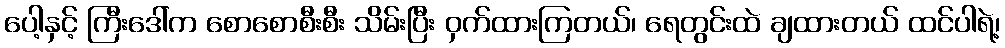
ပေါ့နှင့် ကြီးဒေါ်က စောစောစီးစီး သိမ်းပြီး ဝှက်ထားကြတယ်၊ ရေတွင်းထဲ ချထားတယ် ထင်ပါရဲ့၊